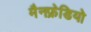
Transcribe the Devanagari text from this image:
मैनफ्रेडियो